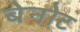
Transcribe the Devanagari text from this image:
बेनोट